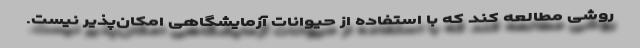
روشی مطالعه کند که با استفاده از حیوانات آزمایشگاهی امکان‌پذیر نیست.